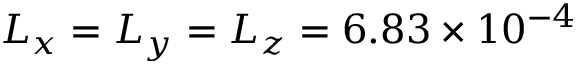
L _ { x } = L _ { y } = L _ { z } = 6 . 8 3 \times 1 0 ^ { - 4 }